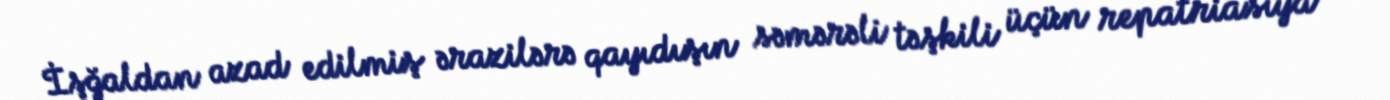
İşğaldan azad edilmiş ərazilərə qayıdışın səmərəli təşkili üçün repatriasiya